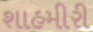
શાહમીરી